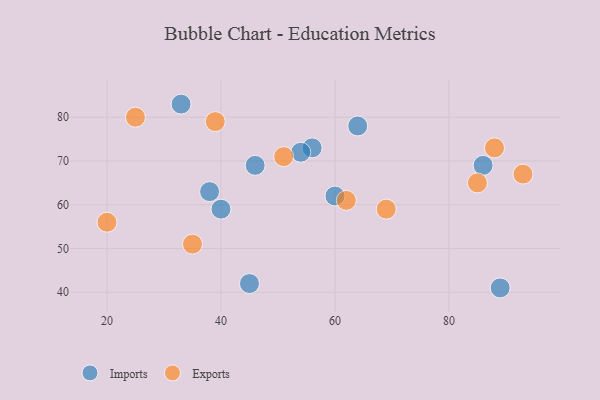
{"axis": {"x": "GDP", "y": "Life Expectancy"}, "legend": ["Exports", "Imports"], "data": [{"x": "56", "y": 73, "type": "Imports"}, {"x": "54", "y": 72, "type": "Imports"}, {"x": "33", "y": 83, "type": "Imports"}, {"x": "45", "y": 42, "type": "Imports"}, {"x": "86", "y": 69, "type": "Imports"}, {"x": "40", "y": 59, "type": "Imports"}, {"x": "38", "y": 63, "type": "Imports"}, {"x": "60", "y": 62, "type": "Imports"}, {"x": "64", "y": 78, "type": "Imports"}, {"x": "89", "y": 41, "type": "Imports"}, {"x": "46", "y": 69, "type": "Imports"}, {"x": "88", "y": 73, "type": "Exports"}, {"x": "39", "y": 79, "type": "Exports"}, {"x": "62", "y": 61, "type": "Exports"}, {"x": "93", "y": 67, "type": "Exports"}, {"x": "35", "y": 51, "type": "Exports"}, {"x": "69", "y": 59, "type": "Exports"}, {"x": "85", "y": 65, "type": "Exports"}, {"x": "51", "y": 71, "type": "Exports"}, {"x": "20", "y": 56, "type": "Exports"}, {"x": "25", "y": 80, "type": "Exports"}]}